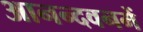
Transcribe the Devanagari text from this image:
आनन्दवनमें